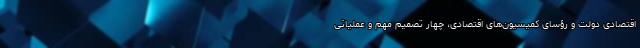
اقتصادی دولت و رؤسای کمیسیون‌های اقتصادی، چهار تصمیم مهم و عملیاتی